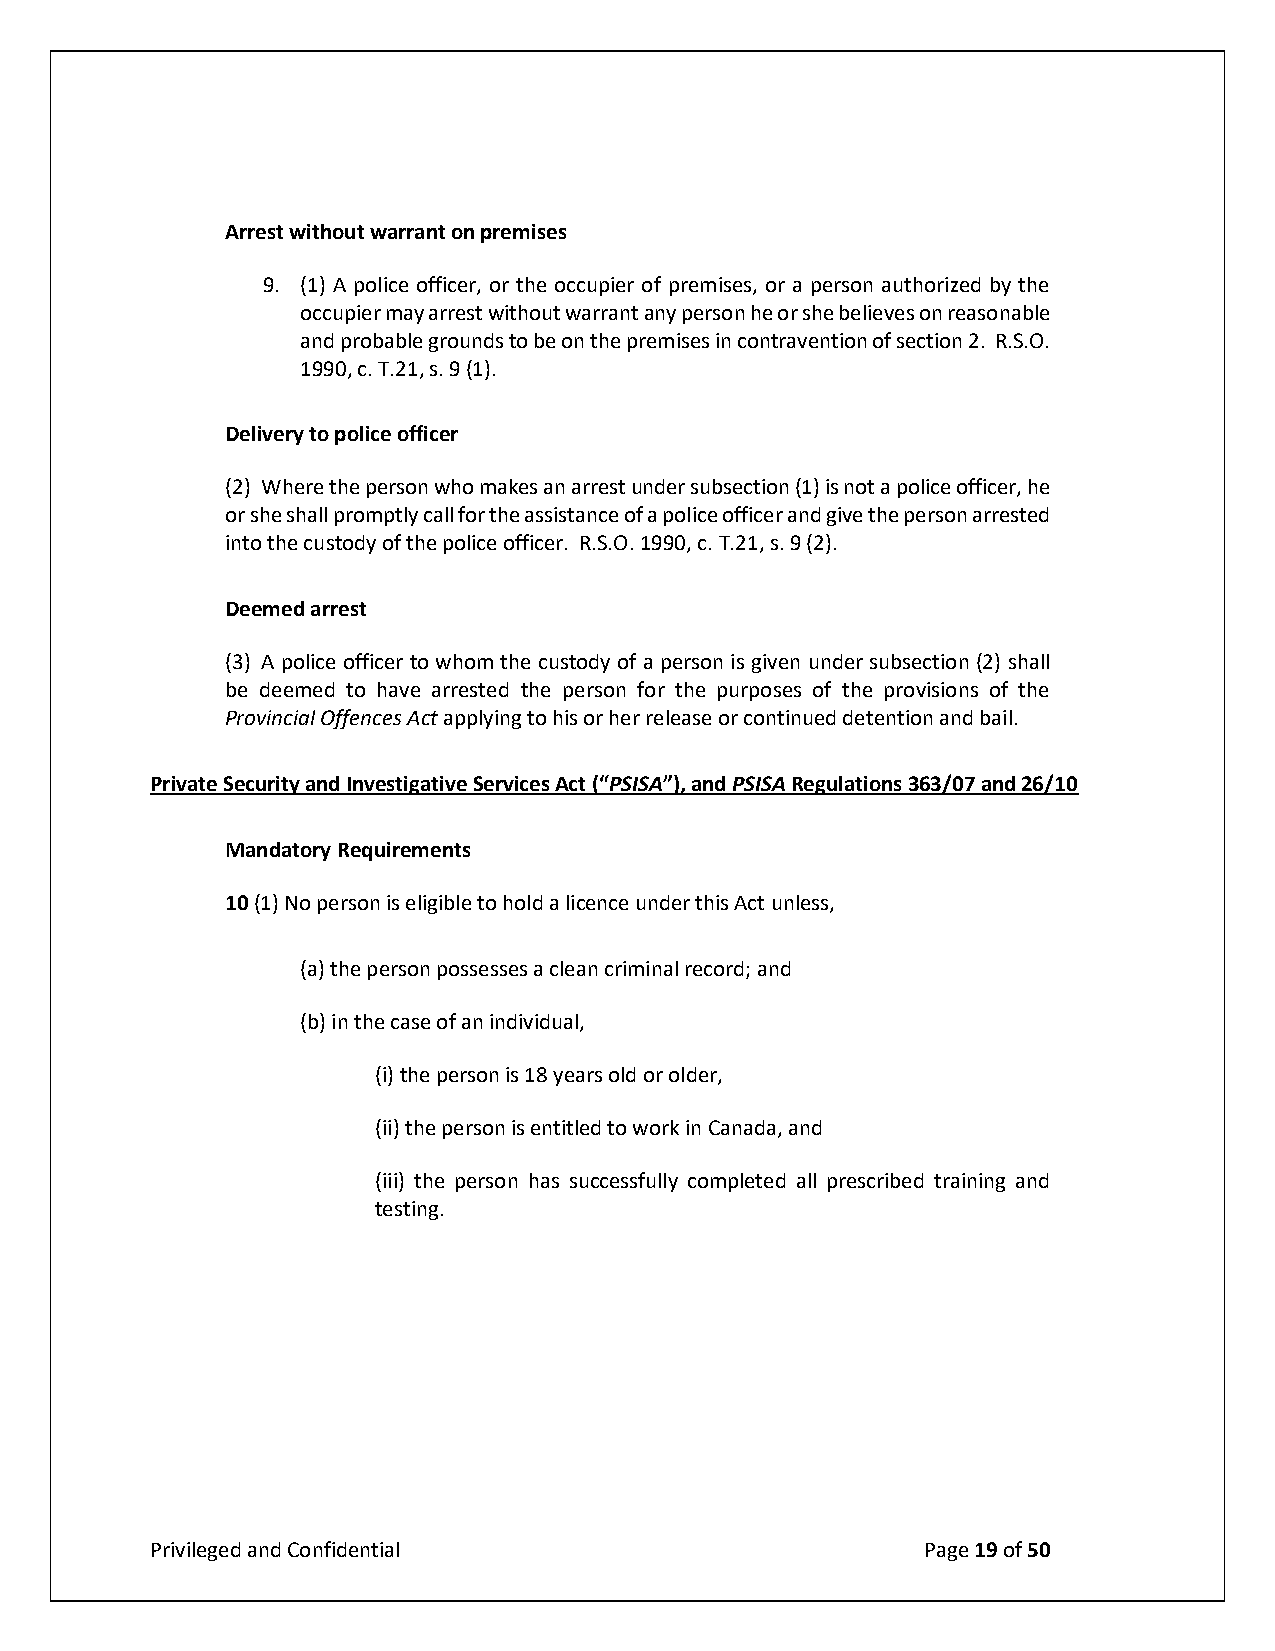
Arrest without warrant on premises
 9. (1) A police officer, or the occupier of premises, or a person authorized by the
 occupier may arrest without warrant any person he or she believes on reasonable
 and probable grounds to be on the premises in contravention of section 2. R.S.O.
 1990, c. T.21, s. 9 (1).
 Delivery to police officer
 (2) Where the person who makes an arrest under subsection (1) is not a police officer, he
 or she shall promptly call for the assistance of a police officer and give the person arrested
 into the custody of the police officer. R.S.O. 1990, c. T.21, s. 9 (2).
 Deemed arrest
 (3) A police officer to whom the custody of a person is given under subsection (2) shall
 be deemed to have arrested the person for the purposes of the provisions of the
 Provincial Offences Act applying to his or her release or continued detention and bail.
 Private Security and Investigative Services Act (“PSISA”), and PSISA Regulations 363/07 and 26/10
 Mandatory Requirements
 10 (1) No person is eligible to hold a licence under this Act unless,
 (a) the person possesses a clean criminal record; and
 (b) in the case of an individual,
 (i) the person is 18 years old or older,
 (ii) the person is entitled to work in Canada, and
 (iii) the person has successfully completed all prescribed training and
 testing.
 Privileged and Confidential                        Page 19 of 50